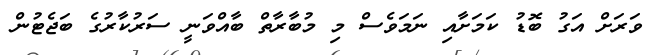
ވަރަށް އަގު ބޮޑު ކަމަށާއި ނަމަވެސް މި މުބާރާތް ބާއްވަނީ ސަރުކާރުގެ ބަޖެޓުން